Insane asylums in Bengal annual reports 1867-1875 - 1867-1875
Year: 1867
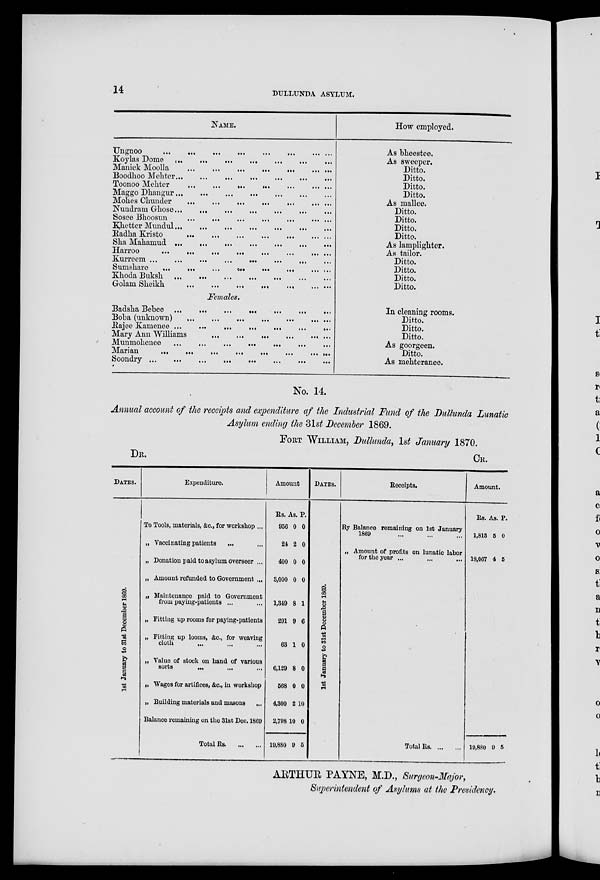
14
DULLUNDA ASYLUM.
NAME.
Ungnoo
...
... ...
...
...
... ... ...
Koylas Dome
... ...
...
...
...
... ...
Manick Moolla
...
...
...
...
...
... ...
Boodhoo Mehter
...
...
...
...
...
...
...
Toonoo Mehter ... ... ... ... ... ... ...
Maggo Dhangur ... ... ... ... ... ... ... ...
Mohes Chunder ... ... ... ... ... ... ...
Nundram Ghose
...
...
...
...
...
...
...
...
Sosee Bhoosun
...
... ... ... ... ... ...
Khetter Mundul
...
...
...
...
...
...
...
...
Radka Kristo
...
...
...
...
...
...
...
Ska Mahamud
...
...
...
...
...
...
...
...
Harroo
... ...
...
...
...
...
... ...
Kurreem
...
...
...
...
...
...
...
...
Sumshare ... ... ... ... ... ... ... ...
Khoda Buksk ... ... ... ... ... ... ... ...
Golain Sheikh
...
...
...
...
...
...
...
Females.
Badsha Bebee
...
...
...
...
...
...
...
...
Boba (unknown)
...
...
...
...
...
...
...
Rajee Kamenee ...
...
...
...
...
...
...
Mary Ann Williams
...
...
...
...
...
...
...
Munmohence
...
...
...
...
...
...
...
Marian
...
...
...
...
...
...
...
...
Soondry ... ... ... ... ... ... ... ...
How employed.
As bheestee.
As sweeper.
Ditto.
Ditto.
Ditto.
Ditto.
As mallee.
Ditto.
Ditto.
Ditto.
Ditto.
As lamplighter.
As tailor.
Ditto.
Ditto.
Ditto.
Ditto.
In cleaning rooms.
Ditto.
Ditto.
Ditto.
As goorgeen.
Ditto.
As mehteranee.
No. 14.
Annual account of the receipts and expenditure of the Industrial Fund of the Dullunda Lunatic
Asylum ending the 31st December 1869.
FORT WILLIAM, Dullunda. 1st January 1870.
DR.
DATES.
1st J anuar y to 31st December 1869.
Expenditure.
To Tools, materials, &c., for workshop ...
„ Vaccinating patients
... ...
„ Donation paid to asylum Overseer ...
„ Amount refunded to Government ...
„ Maintenance paid to Government
from paying-patients ... ...
„ Fitting up rooms for paying-patients
„ Fitting up looms, &c., for weaving
cloth ... ... ...
„ Value of stock on hand of various
sorts
... ... ...
„ Wages for artifices, &c., in workshop
„ Building materials and masons
...
Balance remaining on the 31st Dec, 1869
Total Rs
...
...
Amount
Rs.
956
24
400
3,000
1,349
291
63
6,129
568
4,300
2,798
19,880
As.
0
2
0
0
8
9
1
8
0
2
10
9
P.
0
0
0
0
1
6
0
0
0
10
0
5
CR.
DATES.
1st J anuar y to 3 1 s t D e c e m b e r 1869.
Receipts.
By Balance remaining on 1st January
1869 ... ... ...
„ Amount of profits on lunatic labor
for the year ... ... ...
Total Rs
...
...
Amount.
Rs.
1,813
18,067
19,880
As.
5
4
9
P.
0
5
5
ARTHUR PAYNE, M.D., Surgeon-Major,
Superintendent of Asylums at the Presidency.